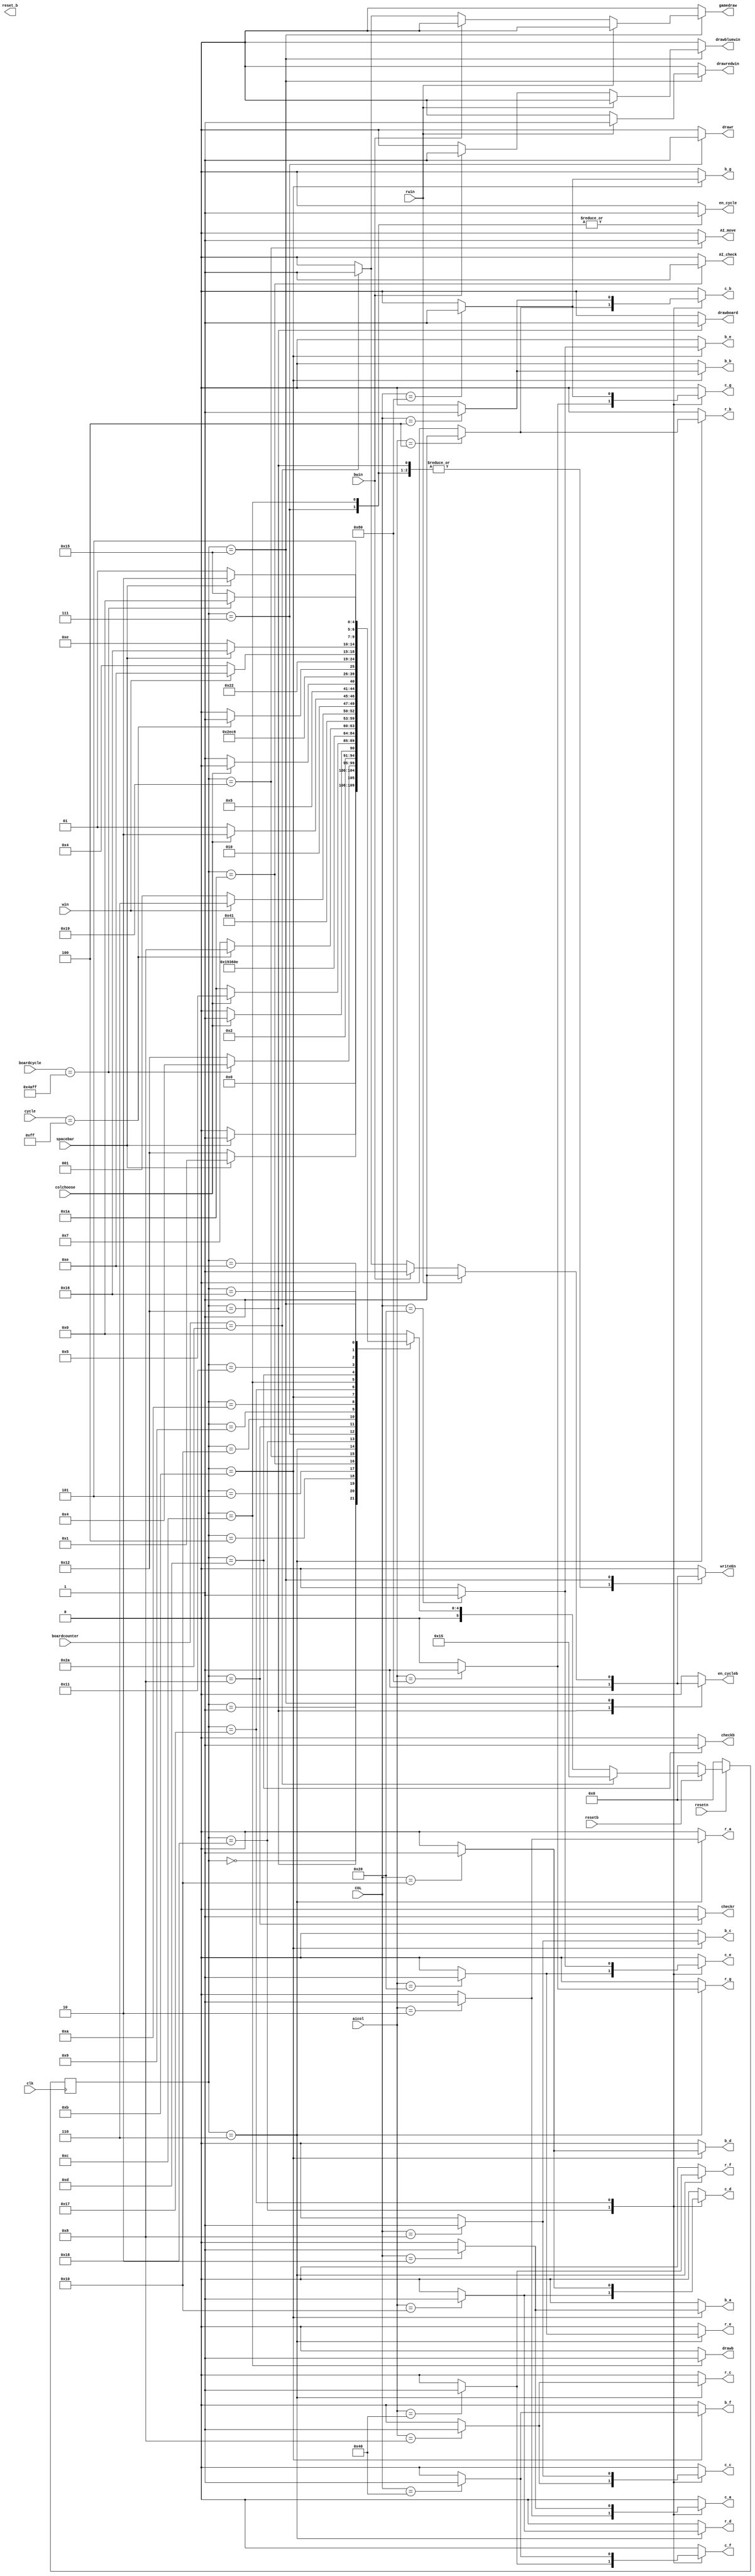
`timescale 1ns / 1ns
module gamecontrol(
input clk,resetn,resetb,
input [7:0] COL,
input [7:0] aicol,
input [8:0] cycle,
input [14:0] boardcycle,
input spacebar,colchoose,rwin,bwin,win,
input [5:0] boardcounter,

output reg r_a,r_b,r_c,r_d,r_e,r_f,r_g,
output reg b_a,b_b,b_c,b_d,b_e,b_f,b_g,
output reg c_a,c_b,c_c,c_d,c_e,c_f,c_g,
output reg en_cycle,drawr,drawb,writeEn,checkr,checkb,reset_b,drawboard,drawredwin,drawbluewin,gamedraw,en_cycleb,AI_move,AI_check);

reg[5:0] current_state,next_state;

localparam  S_START=5'd0,
				S_START_WAIT=5'd1,
				S_CHOOSE_R=5'd2,
				S_CHOOSE_B=5'd3,
				S_R_TURN=5'd4,
				S_R_WAIT=5'd5,
				S_R_LOAD=5'd6,
				S_R_DRAW=5'd7,
				S_CHECK_R=5'd8,
				S_B_TURN=5'd9,
				S_B_WAIT=5'd10,
				S_B_LOAD=5'd11,
				S_B_DRAW=5'd12,
				S_CHECK_B=5'd13,
				S_GAME_OVER=5'd14,
				S_RESET=5'd15,
				S_UPDATE_R=5'd16,
				S_UPDATE_B=5'd17,
				S_DRAW_BOARD=5'd18,
				S_DRAW_BOARD_WAIT=5'd19,
				S_CONFIRM=5'd20,
				S_DRAW_MESSAGE=5'd21,
				S_GAME_OVER_WAIT=5'd22,
				S_B_LOAD_C=5'd23,
				S_R_LOAD_C=5'd24,
				AI_CHECK_FOR_WIN=5'd26,
				S_R_AI=5'd25;
	
	//state table
	always @(*)
	begin: state_table
	case(current_state)
	
	S_START: next_state = spacebar ? S_START_WAIT:S_START;
	S_START_WAIT: next_state = spacebar ? S_START_WAIT:S_DRAW_BOARD;
	//S_DRAW_BOARD_WAIT: next_state = spacebar ? S_DRAW_BOARD_WAIT: S_R_TURN;
	S_DRAW_BOARD: next_state = (boardcycle==15'd19199) ? S_R_TURN:S_DRAW_BOARD;//
	S_R_TURN: next_state = colchoose ? S_R_WAIT:S_R_TURN;
	S_R_WAIT: next_state = colchoose ? S_R_WAIT:AI_CHECK_FOR_WIN;
	AI_CHECK_FOR_WIN : next_state=S_R_AI;
	S_R_AI: next_state = S_R_LOAD;
	S_R_LOAD: next_state = S_R_LOAD_C;
	S_R_LOAD_C: next_state = S_R_DRAW;
	//S_R_LOAD_C: next_state = S_CHECK_R;
	S_R_DRAW: next_state = (cycle==9'd255) ? S_CHECK_R:S_R_DRAW;
	S_CHECK_R: next_state = S_UPDATE_R;
	S_UPDATE_R :next_state = win ? S_GAME_OVER:S_B_TURN;
	S_B_TURN: next_state = colchoose ? S_B_WAIT:S_B_TURN;
	S_B_WAIT: next_state = colchoose ? S_B_WAIT:S_B_LOAD;
	S_B_LOAD: next_state = S_B_LOAD_C;
	S_B_LOAD_C:next_state = S_B_DRAW;
	//S_B_LOAD_C:next_state = S_CHECK_B;
	S_B_DRAW: next_state = (cycle==9'd255) ? S_CHECK_B:S_B_DRAW;
	S_CHECK_B: next_state = S_UPDATE_B;
	S_UPDATE_B: next_state = win ? S_GAME_OVER:S_R_TURN;
	S_GAME_OVER: next_state = spacebar ? S_GAME_OVER_WAIT:S_GAME_OVER;
	S_GAME_OVER_WAIT: next_state=spacebar ? S_GAME_OVER_WAIT:S_DRAW_MESSAGE;
	S_DRAW_MESSAGE: next_state =(boardcycle==15'd19199) ? S_START:S_DRAW_MESSAGE;
	
	default : next_state = S_START;
	endcase
	end
	
	//output logic
	always @(*)
	begin: enable_signals
	
	r_a=1'b0;
	r_b=1'b0;
	r_c=1'b0;
	r_d=1'b0;
	r_e=1'b0;
	r_f=1'b0;
	r_g=1'b0;
	b_a=1'b0;
	b_b=1'b0;
	b_c=1'b0;
	b_d=1'b0;
	b_e=1'b0;
	b_f=1'b0;
	b_g=1'b0;
	c_a=1'b0;
	c_b=1'b0;
	c_c=1'b0;
	c_d=1'b0;
	c_e=1'b0;
	c_f=1'b0;
	c_g=1'b0;
	drawr=1'b0;
	drawb=1'b0;
	drawboard=1'b0;
	drawredwin=1'b0;
	drawbluewin=1'b0;
	gamedraw=1'b0;
	writeEn=1'b0;
	en_cycle=1'b0;
	checkr=1'b0;
	checkb=1'b0;
	en_cycleb=1'b0;
	AI_move=1'b0;
	AI_check=1'b0;
	
		case (current_state)
				S_START:begin
				end
				S_CHOOSE_R:begin
				end
				S_CHOOSE_B:begin
				end
				S_DRAW_BOARD:begin
				en_cycleb=1'b1;
				drawboard=1'b1;
				writeEn=1'b1;
				end
				AI_CHECK_FOR_WIN:begin
				AI_check=1'b1;
				end
				S_R_AI:begin
				AI_move=1'b1;
				end
				S_R_LOAD:begin
				//assigning signals per column
				case(aicol[7:0])
					8'b00000010: r_a=1'b1;
					8'b00000100: r_b=1'b1;
					8'b00001000: r_c=1'b1;
					8'b00010000: r_d=1'b1;
					8'b00100000: r_e=1'b1;
					8'b01000000: r_f=1'b1;
					8'b10000000: r_g=1'b1;
				endcase
				end
				S_R_LOAD_C:begin
					case(aicol[7:0])
					8'b00000010: c_a=1'b1;
					8'b00000100: c_b=1'b1;
					8'b00001000: c_c=1'b1;
					8'b00010000: c_d=1'b1;
					8'b00100000: c_e=1'b1;
					8'b01000000: c_f=1'b1;
					8'b10000000: c_g=1'b1;
				endcase
				end
				//draw and cyclecounter cycle
				S_R_DRAW:begin
					drawr=1'b1;
					en_cycle=1'b1;
					writeEn=1'b1;
				end
				S_CHECK_R:begin
					checkr=1'b1;
				end
				//assigning signals per column
				S_B_LOAD:begin
					case(COL[7:0])
					8'b00000010: b_a=1'b1;
					8'b00000100: b_b=1'b1;
					8'b00001000: b_c=1'b1;
					8'b00010000: b_d=1'b1;
					8'b00100000: b_e=1'b1;
					8'b01000000: b_f=1'b1;
					8'b10000000: b_g=1'b1;
				endcase
				end
				S_B_LOAD_C:begin
					case(COL[7:0])
					8'b00000010: c_a=1'b1;
					8'b00000100: c_b=1'b1;
					8'b00001000: c_c=1'b1;
					8'b00010000: c_d=1'b1;
					8'b00100000: c_e=1'b1;
					8'b01000000: c_f=1'b1;
					8'b10000000: c_g=1'b1;
				endcase
				end
				S_B_DRAW:begin
					drawb=1'b1;
					en_cycle=1'b1;
					writeEn=1'b1;
				end
				S_CHECK_B:begin
					checkb=1'b1;
				end
				S_DRAW_MESSAGE:begin
					if (rwin)begin
					drawredwin=1'b1;
					en_cycleb=1'b1;
					writeEn=1'b1;
					end
					else if (bwin)begin
					drawbluewin=1'b1;
					en_cycleb=1'b1;
					writeEn=1'b1;
					end
					else if (boardcounter==6'd42)begin
					gamedraw=1'b1;
					en_cycleb=1'b1;
					writeEn=1'b1;
					end
				end
			endcase
		end
		
		//state registers
		always @(posedge clk)
		begin: stateFFS
		if (!resetn)
			current_state <= S_START;
		else if(!resetb)begin
			current_state <= S_START;
		end
		else if (boardcounter==6'd42)
			current_state <= S_DRAW_MESSAGE;
		else
			current_state <= next_state;
		end
		
endmodule